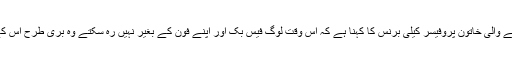
امریکا سے تعلق رکھنے والی خاتون پروفیسر کیلی برنس کا کہنا ہے کہ اس وقت لوگ فیس بک اور اپنے فون کے بغیر نہیں رہ سکتے وہ بری طرح اس کے عادی بن چکے ہیں۔